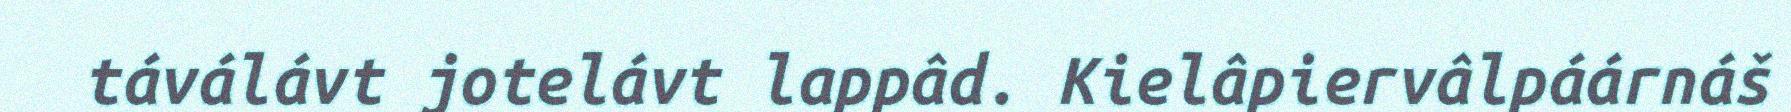
táválávt jotelávt lappâd. Kielâpiervâlpáárnáš